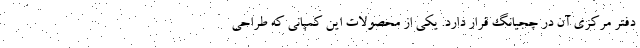
دفتر مرکزی آن در چجیانگ قرار دارد. یکی از محصولات این کمپانی که طراحی